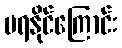
မရနိုင်ကြောင်း